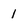
Character: 1